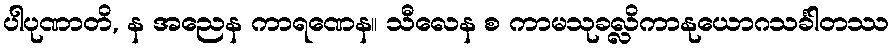
ပါပုဏာတိ, န အညေန ကာရဏေန။ သီလေန စ ကာမသုခလ္လိကာနုယောဂသင်္ခါတဿ